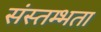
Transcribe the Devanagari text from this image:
संस्तम्भता